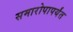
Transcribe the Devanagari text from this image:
समारोपापर्यंत